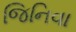
જિનિવા